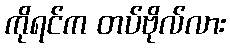
ကိုရင်က တပ်ဗိုလ်လား